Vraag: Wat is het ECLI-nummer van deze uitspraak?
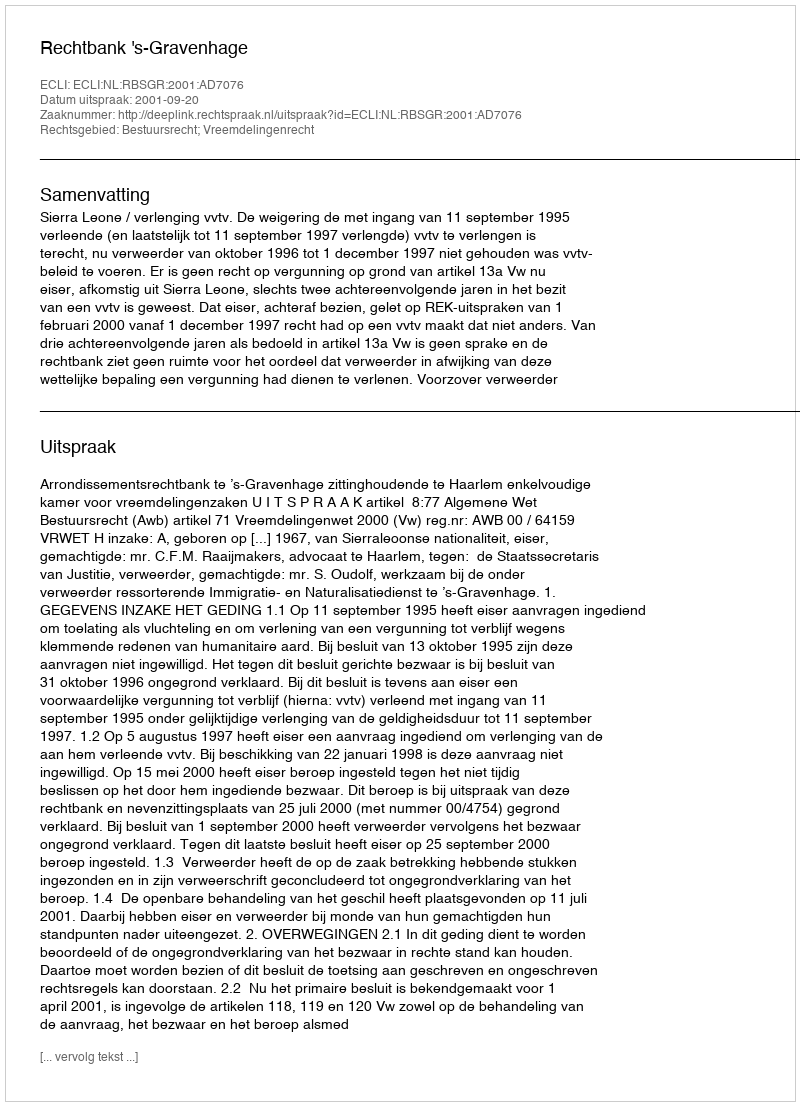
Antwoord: ECLI:NL:RBSGR:2001:AD7076